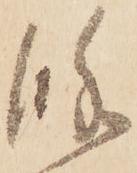
餘